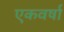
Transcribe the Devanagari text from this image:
एकवर्षा